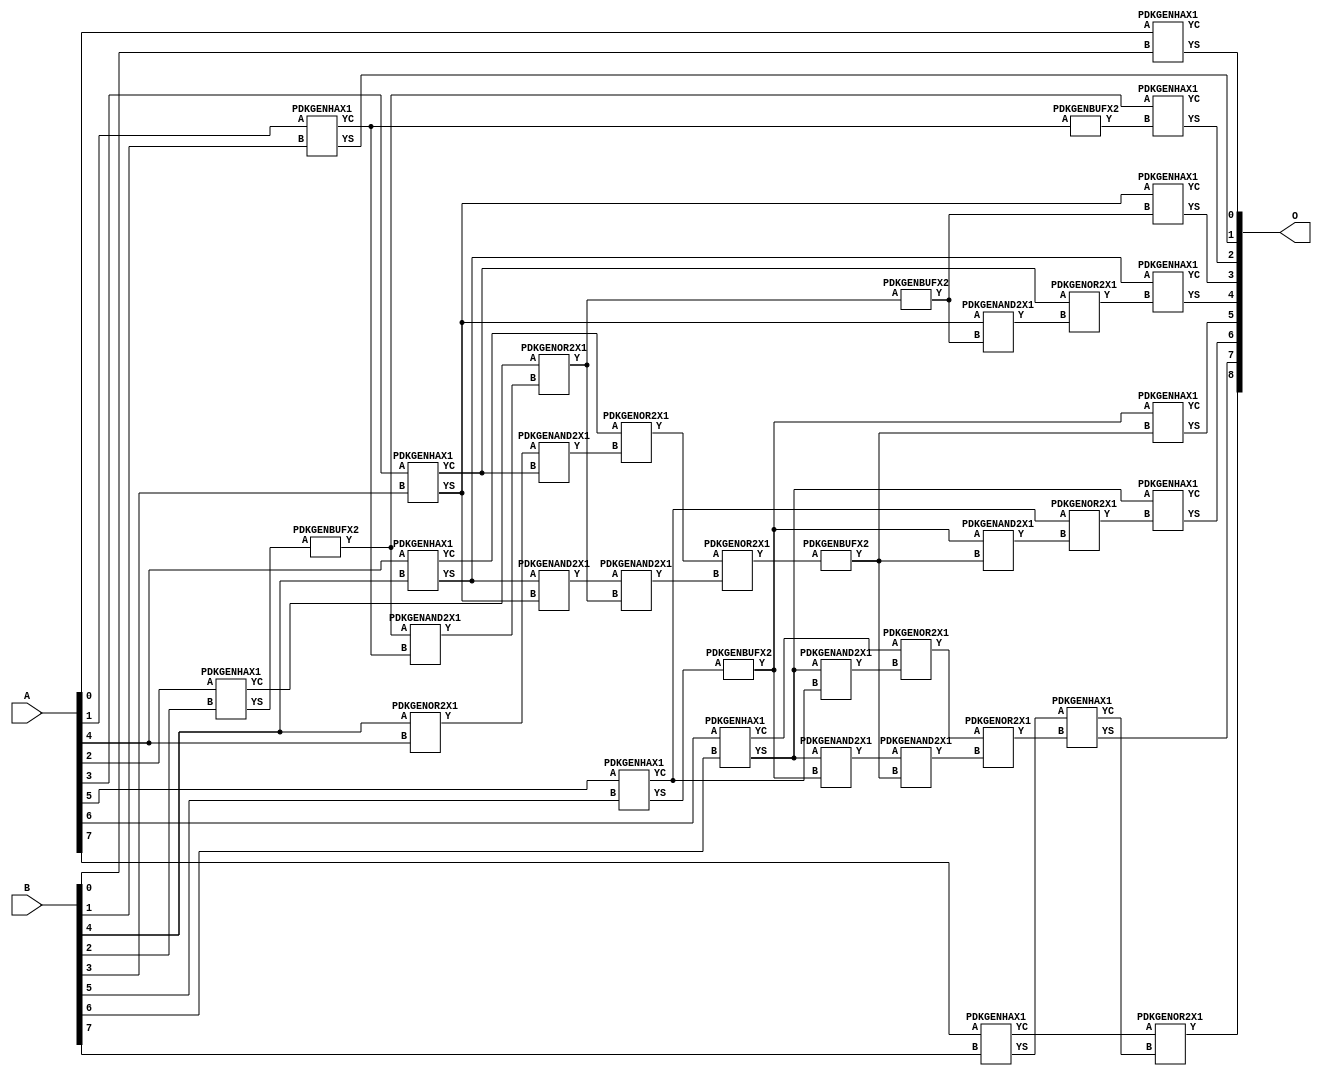
// Library = EvoApprox8b
// Circuit = add8_038
// Area   (180) = 1816
// Delay  (180) = 1.220
// Power  (180) = 624.40
// Area   (45) = 120
// Delay  (45) = 0.510
// Power  (45) = 49.88
// Nodes = 37
// HD = 32640
// MAE = 0.50000
// MSE = 1.00000
// MRE = 0.27 %
// WCE = 2
// WCRE = 100 %
// EP = 25.0 %

module add8_038(A, B, O);
  input [7:0] A;
  input [7:0] B;
  output [8:0] O;
  wire [2031:0] N;

  assign N[0] = A[0];
  assign N[1] = A[0];
  assign N[2] = A[1];
  assign N[3] = A[1];
  assign N[4] = A[2];
  assign N[5] = A[2];
  assign N[6] = A[3];
  assign N[7] = A[3];
  assign N[8] = A[4];
  assign N[9] = A[4];
  assign N[10] = A[5];
  assign N[11] = A[5];
  assign N[12] = A[6];
  assign N[13] = A[6];
  assign N[14] = A[7];
  assign N[15] = A[7];
  assign N[16] = B[0];
  assign N[17] = B[0];
  assign N[18] = B[1];
  assign N[19] = B[1];
  assign N[20] = B[2];
  assign N[21] = B[2];
  assign N[22] = B[3];
  assign N[23] = B[3];
  assign N[24] = B[4];
  assign N[25] = B[4];
  assign N[26] = B[5];
  assign N[27] = B[5];
  assign N[28] = B[6];
  assign N[29] = B[6];
  assign N[30] = B[7];
  assign N[31] = B[7];

  PDKGENHAX1 n32(.A(N[0]), .B(N[16]), .YS(N[32]), .YC(N[33]));
  PDKGENHAX1 n40(.A(N[2]), .B(N[18]), .YS(N[40]), .YC(N[41]));
  PDKGENOR2X1 n46(.A(N[24]), .B(N[8]), .Y(N[46]));
  assign N[47] = N[46];
  PDKGENHAX1 n50(.A(N[4]), .B(N[20]), .YS(N[50]), .YC(N[51]));
  PDKGENBUFX2 n56(.A(N[50]), .Y(N[56]));
  assign N[57] = N[56];
  PDKGENHAX1 n58(.A(N[6]), .B(N[22]), .YS(N[58]), .YC(N[59]));
  PDKGENHAX1 n68(.A(N[8]), .B(N[24]), .YS(N[68]), .YC(N[69]));
  PDKGENHAX1 n78(.A(N[10]), .B(N[26]), .YS(N[78]), .YC(N[79]));
  PDKGENHAX1 n86(.A(N[12]), .B(N[28]), .YS(N[86]), .YC(N[87]));
  PDKGENBUFX2 n90(.A(N[78]), .Y(N[90]));
  assign N[91] = N[90];
  PDKGENHAX1 n96(.A(N[14]), .B(N[30]), .YS(N[96]), .YC(N[97]));
  PDKGENAND2X1 n106(.A(N[56]), .B(N[41]), .Y(N[106]));
  assign N[107] = N[106];
  PDKGENOR2X1 n124(.A(N[51]), .B(N[107]), .Y(N[124]));
  assign N[125] = N[124];
  PDKGENAND2X1 n134(.A(N[47]), .B(N[59]), .Y(N[134]));
  assign N[135] = N[134];
  PDKGENAND2X1 n142(.A(N[68]), .B(N[58]), .Y(N[142]));
  assign N[143] = N[142];
  PDKGENOR2X1 n152(.A(N[69]), .B(N[135]), .Y(N[152]));
  PDKGENAND2X1 n162(.A(N[86]), .B(N[79]), .Y(N[162]));
  PDKGENAND2X1 n170(.A(N[86]), .B(N[90]), .Y(N[170]));
  assign N[171] = N[170];
  PDKGENOR2X1 n180(.A(N[87]), .B(N[162]), .Y(N[180]));
  assign N[181] = N[180];
  PDKGENBUFX2 n198(.A(N[124]), .Y(N[198]));
  assign N[199] = N[198];
  PDKGENAND2X1 n208(.A(N[143]), .B(N[125]), .Y(N[208]));
  PDKGENOR2X1 n226(.A(N[152]), .B(N[208]), .Y(N[226]));
  assign N[227] = N[226];
  PDKGENBUFX2 n272(.A(N[227]), .Y(N[272]));
  assign N[273] = N[272];
  PDKGENAND2X1 n282(.A(N[171]), .B(N[273]), .Y(N[282]));
  PDKGENOR2X1 n292(.A(N[181]), .B(N[282]), .Y(N[292]));
  assign N[293] = N[292];
  PDKGENBUFX2 n310(.A(N[41]), .Y(N[310]));
  assign N[311] = N[310];
  PDKGENAND2X1 n320(.A(N[58]), .B(N[199]), .Y(N[320]));
  PDKGENOR2X1 n328(.A(N[59]), .B(N[320]), .Y(N[328]));
  PDKGENAND2X1 n338(.A(N[91]), .B(N[272]), .Y(N[338]));
  PDKGENOR2X1 n348(.A(N[79]), .B(N[338]), .Y(N[348]));
  assign N[349] = N[348];
  PDKGENHAX1 n366(.A(N[57]), .B(N[311]), .YS(N[366]), .YC(N[367]));
  PDKGENHAX1 n376(.A(N[58]), .B(N[199]), .YS(N[376]), .YC(N[377]));
  PDKGENHAX1 n384(.A(N[68]), .B(N[328]), .YS(N[384]), .YC(N[385]));
  PDKGENHAX1 n394(.A(N[91]), .B(N[272]), .YS(N[394]), .YC(N[395]));
  PDKGENHAX1 n404(.A(N[86]), .B(N[349]), .YS(N[404]), .YC(N[405]));
  PDKGENHAX1 n412(.A(N[96]), .B(N[293]), .YS(N[412]), .YC(N[413]));
  PDKGENOR2X1 n422(.A(N[97]), .B(N[413]), .Y(N[422]));

  assign O[0] = N[32];
  assign O[1] = N[40];
  assign O[2] = N[366];
  assign O[3] = N[376];
  assign O[4] = N[384];
  assign O[5] = N[394];
  assign O[6] = N[404];
  assign O[7] = N[412];
  assign O[8] = N[422];

endmodule
/* mod */
module PDKGENAND2X1(input A, input B, output Y );
     assign Y = A & B;
endmodule
/* mod */
module PDKGENOR2X1(input A, input B, output Y );
     assign Y = A | B;
endmodule
/* mod */
module PDKGENHAX1( input A, input B, output YS, output YC );
    assign YS = A ^ B;
    assign YC = A & B;
endmodule
/* mod */
module PDKGENBUFX2(input A, output Y );
     assign Y = A;
endmodule